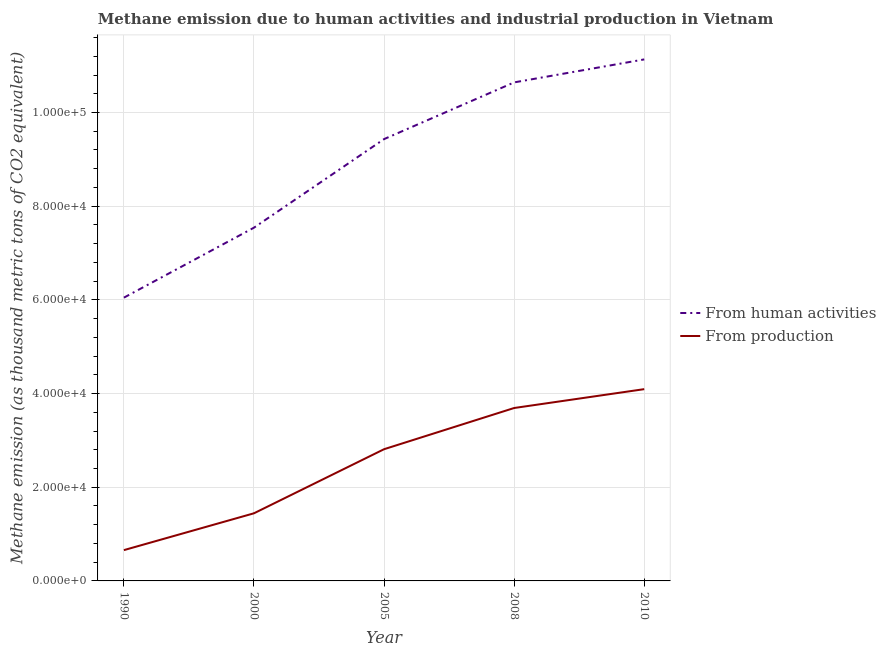
| Year | From human activities | From production |
 | --- | --- | --- |
 | 1990 | 6.05e+04 | 6.57e+03 |
 | 2000 | 7.54e+04 | 1.44e+04 |
 | 2005 | 9.43e+04 | 2.81e+04 |
 | 2008 | 1.06e+05 | 3.69e+04 |
 | 2010 | 1.11e+05 | 4.09e+04 |